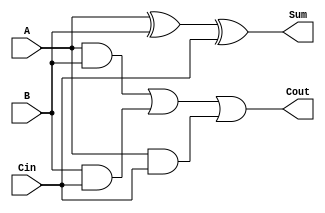
module fa(
   input A, 
   input B, 
   input Cin,
   output Sum, 
   output Cout
   );
    
   assign Sum = A ^ B ^ Cin; // sum declaration
   assign Cout = (A & B) | (B & Cin) | (A & Cin); // Carry 
    
endmodule